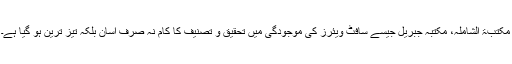
مکتبۃ الشاملہ، مکتبہ جبریل جیسے سافٹ ویئرز کی موجودگی میں تحقیق و تصنیف کا کام نہ صرف آسان بلکہ تیز ترین ہو گیا ہے۔